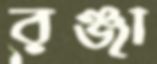
রঞ্জা